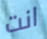
انت